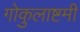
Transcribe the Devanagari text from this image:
गोकुलाष्टमी